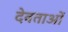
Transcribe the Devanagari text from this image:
देवताअाें